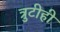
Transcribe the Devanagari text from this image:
त्रुटीही